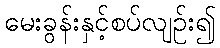
မေးခွန်းနှင့်စပ်လျဉ်း၍